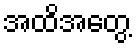
အထိအတွေ့